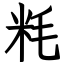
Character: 粍